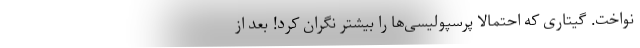
نواخت. گیتاری که احتمالاً پرسپولیسی‌ها را بیشتر نگران کرد! بعد از